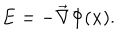
{ \bf E } = - \overrightarrow \nabla \Phi ( { \bf x } ) .